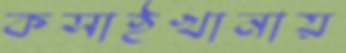
কসাইখানায়